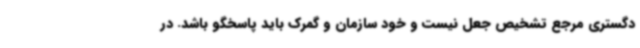
دگستری مرجع تشخیص جعل نیست و خود سازمان و گمرک باید پاسخگو باشد. در